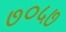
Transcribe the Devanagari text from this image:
७०५७